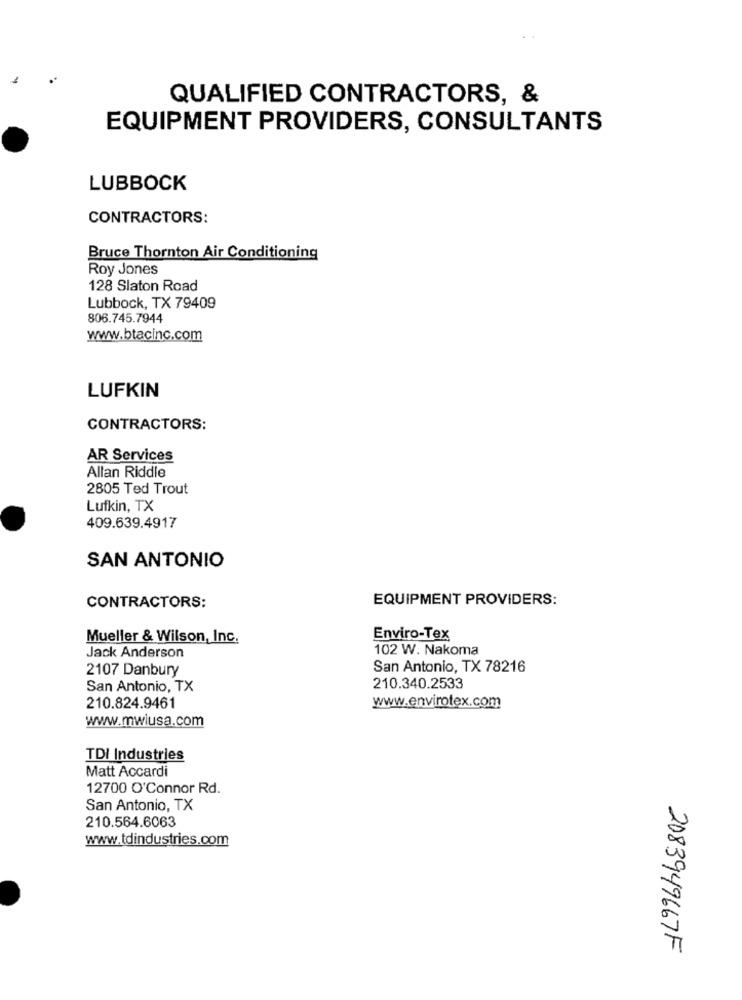
QUALIFIED CONTRACTORS, &
EQUIPMENT PROVIDERS, CONSULTANTS
LUBBOCK
CONTRACTORS:
Bruce Thornton Air Conditioning
Roy Jones
128 Slaton Road
Lubbock, TX 79409
806.745.7944
www.btacinc.com
LUFKIN
CONTRACTORS:
AR Services
Allan Riddle
2805 Ted Trout
Lufkin, TX
409.639.4917
SAN ANTONIO
EQUIPMENT PROVIDERS:
CONTRACTORS:
Mueller & Wilson, Inc.
Enviro-Tex
Jack Anderson
102 W. Nakoma
2107 Danbury
San Antonio, TX 78216
San Antonio, TX
210.340.2533
www.envirotex.com
210.824.9461
www.mwiusa.com
TDI Industries
Matt Accardi
12700 O'Connor Rd.
San Antonio, TX
210.564.6063
www.tdindustries.com
2083949667F